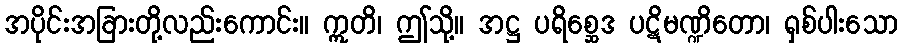
အပိုင်းအခြားတို့လည်းကောင်း။ ဣတိ၊ ဤသို့။ အဋ္ဌ ပရိစ္ဆေဒ ပဋိမဏ္ဍိတော၊ ရှစ်ပါးသော